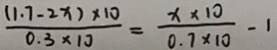
\frac { ( 1 . 7 - 2 x ) \times 1 0 } { 0 . 3 \times 1 0 } = \frac { x \times 1 0 } { 0 . 7 \times 1 0 } - 1